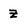
Character: Z